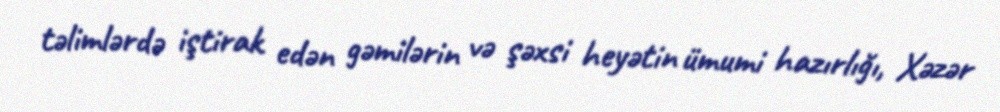
təlimlərdə iştirak edən gəmilərin və şəxsi heyətin ümumi hazırlığı, Xəzər